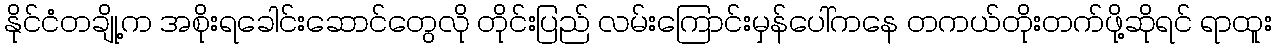
နိုင်ငံတချို့က အစိုးရခေါင်းဆောင်တွေလို တိုင်းပြည် လမ်းကြောင်းမှန်ပေါ်ကနေ တကယ်တိုးတက်ဖို့ဆိုရင် ရာထူး